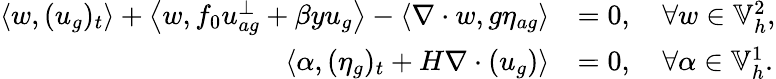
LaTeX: \begin{array}{rl}{\left\langle w,(u_{g})_{t}\right\rangle+\left\langle w,f_{0}u_{ag}^{\perp}+\beta yu_{g}\right\rangle-\left\langle\nabla\cdot w,g\eta_{ag}\right\rangle}&{=0,\quad\forall w\in\mathbb{V}_{h}^{2},}\\ {\left\langle\alpha,(\eta_{g})_{t}+H\nabla\cdot(u_{g})\right\rangle}&{=0,\quad\forall\alpha\in\mathbb{V}_{h}^{1}.}\end{array}